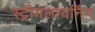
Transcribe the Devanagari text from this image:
स्ट्रीमलायनिंग